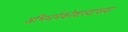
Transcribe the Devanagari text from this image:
अभिधर्मकोशव्याख्या